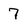
Character: 7